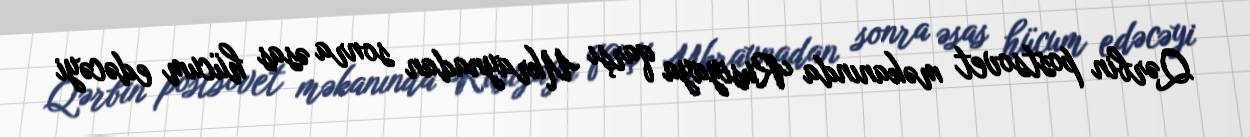
Qərbin postsovet məkanında Rusiyaya qarşı Ukraynadan sonra əsas hücum edəcəyi